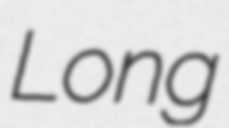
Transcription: Long